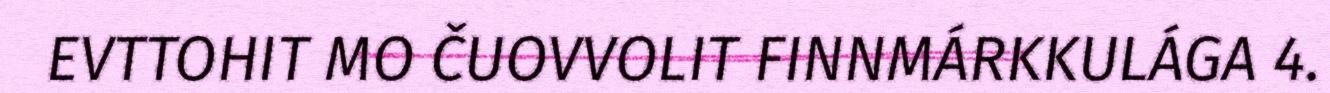
EVTTOHIT MO ČUOVVOLIT FINNMÁRKKULÁGA 4.